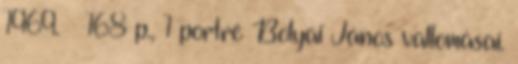
1969. – 168 p., 1 portré Bolyai János vallomásai.